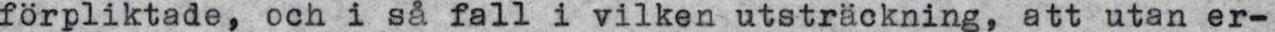
förpliktade, och i så fall i vilken utsträckning, att utan er-